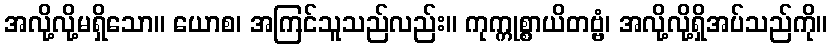
အလို့လို့မရှိသော။ ယောစ၊ အကြင်သူသည်လည်း။ ကုက္ကုစ္စာယိတဗ္ဗံ၊ အလို့လို့ရှိအပ်သည်ကို။